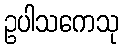
ဥပါသကေသု